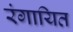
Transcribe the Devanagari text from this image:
रंगायित